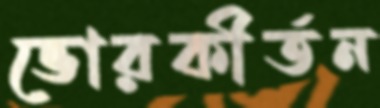
ভোরকীর্তন